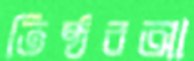
তিষ্ঠবআ